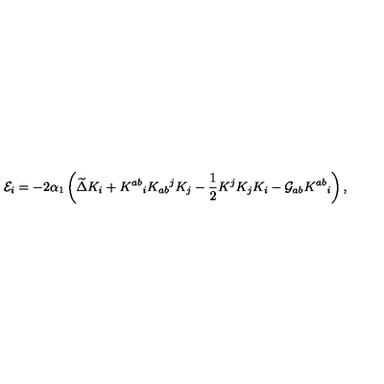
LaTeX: { \cal E } _ { i } = - 2 \alpha _ { 1 } \left( \widetilde { \Delta } K _ { i } + K ^ { a b } { } _ { i } K _ { a b } { } ^ { j } K _ { j } - { \frac { 1 } { 2 } } K ^ { j } K _ { j } K _ { i } - { \cal G } _ { a b } K ^ { a b } { } _ { i } \right) ,